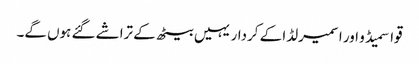
قواسمیڈو اور اسمیرلڈا کے کردار یہیں بیٹھ کے تراشے گئے ہوں گے۔